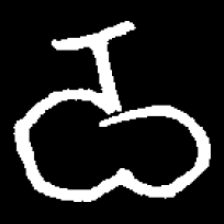
Pyu character \u2014 Myanmar letter: ဝ (romanized: wa)